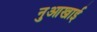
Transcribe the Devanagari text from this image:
नुआखाई